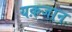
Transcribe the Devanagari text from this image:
यक़जान